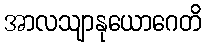
အာလသျာနုယောဂေတိ